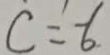
c = - 6